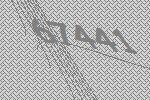
67441